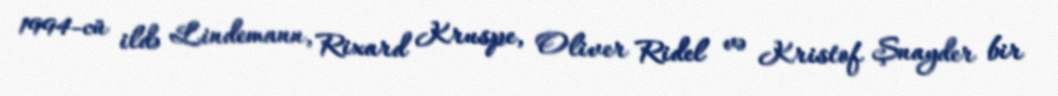
1994-cü ildə Lindemann, Rixard Kruspe, Oliver Ridel və Kristof Şnayder bir